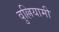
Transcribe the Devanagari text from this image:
वुल्लियामी